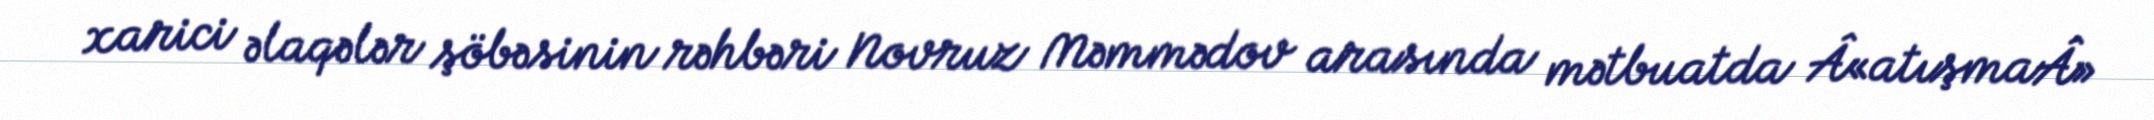
xarici əlaqələr şöbəsinin rəhbəri Novruz Məmmədov arasında mətbuatda Â«atışmaÂ»